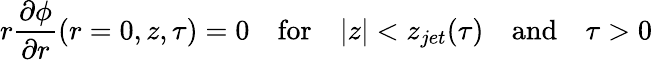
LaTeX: r\frac{\partial\phi}{\partial r}(r=0,z,\tau)=0\quad\mathrm{for}\quad|z|<z_{jet}(\tau)\quad\mathrm{and}\quad\tau>0